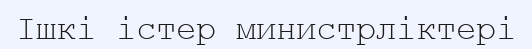
Ішкі істер министрліктері